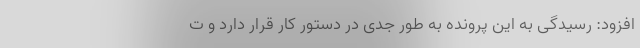
افزود: رسیدگی به این پرونده به طور جدی در دستور کار قرار دارد و ت